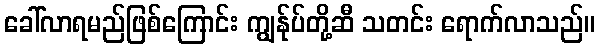
ခေါ်လာရမည်ဖြစ်ကြောင်း ကျွန်ုပ်တို့ဆီ သတင်း ရောက်လာသည်။